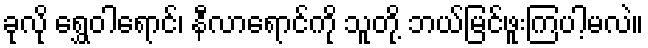
ခုလို ရွှေဝါရောင်၊ နီလာရောင်ကို သူတို့ ဘယ်မြင်ဖူးကြပါ့မလဲ။